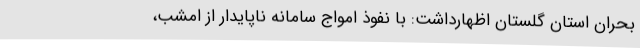
بحران استان گلستان اظهارداشت: با نفوذ امواج سامانه ناپایدار از امشب،